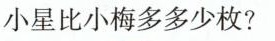
小星比小梅多多少枚?